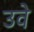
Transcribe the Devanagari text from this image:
उवे